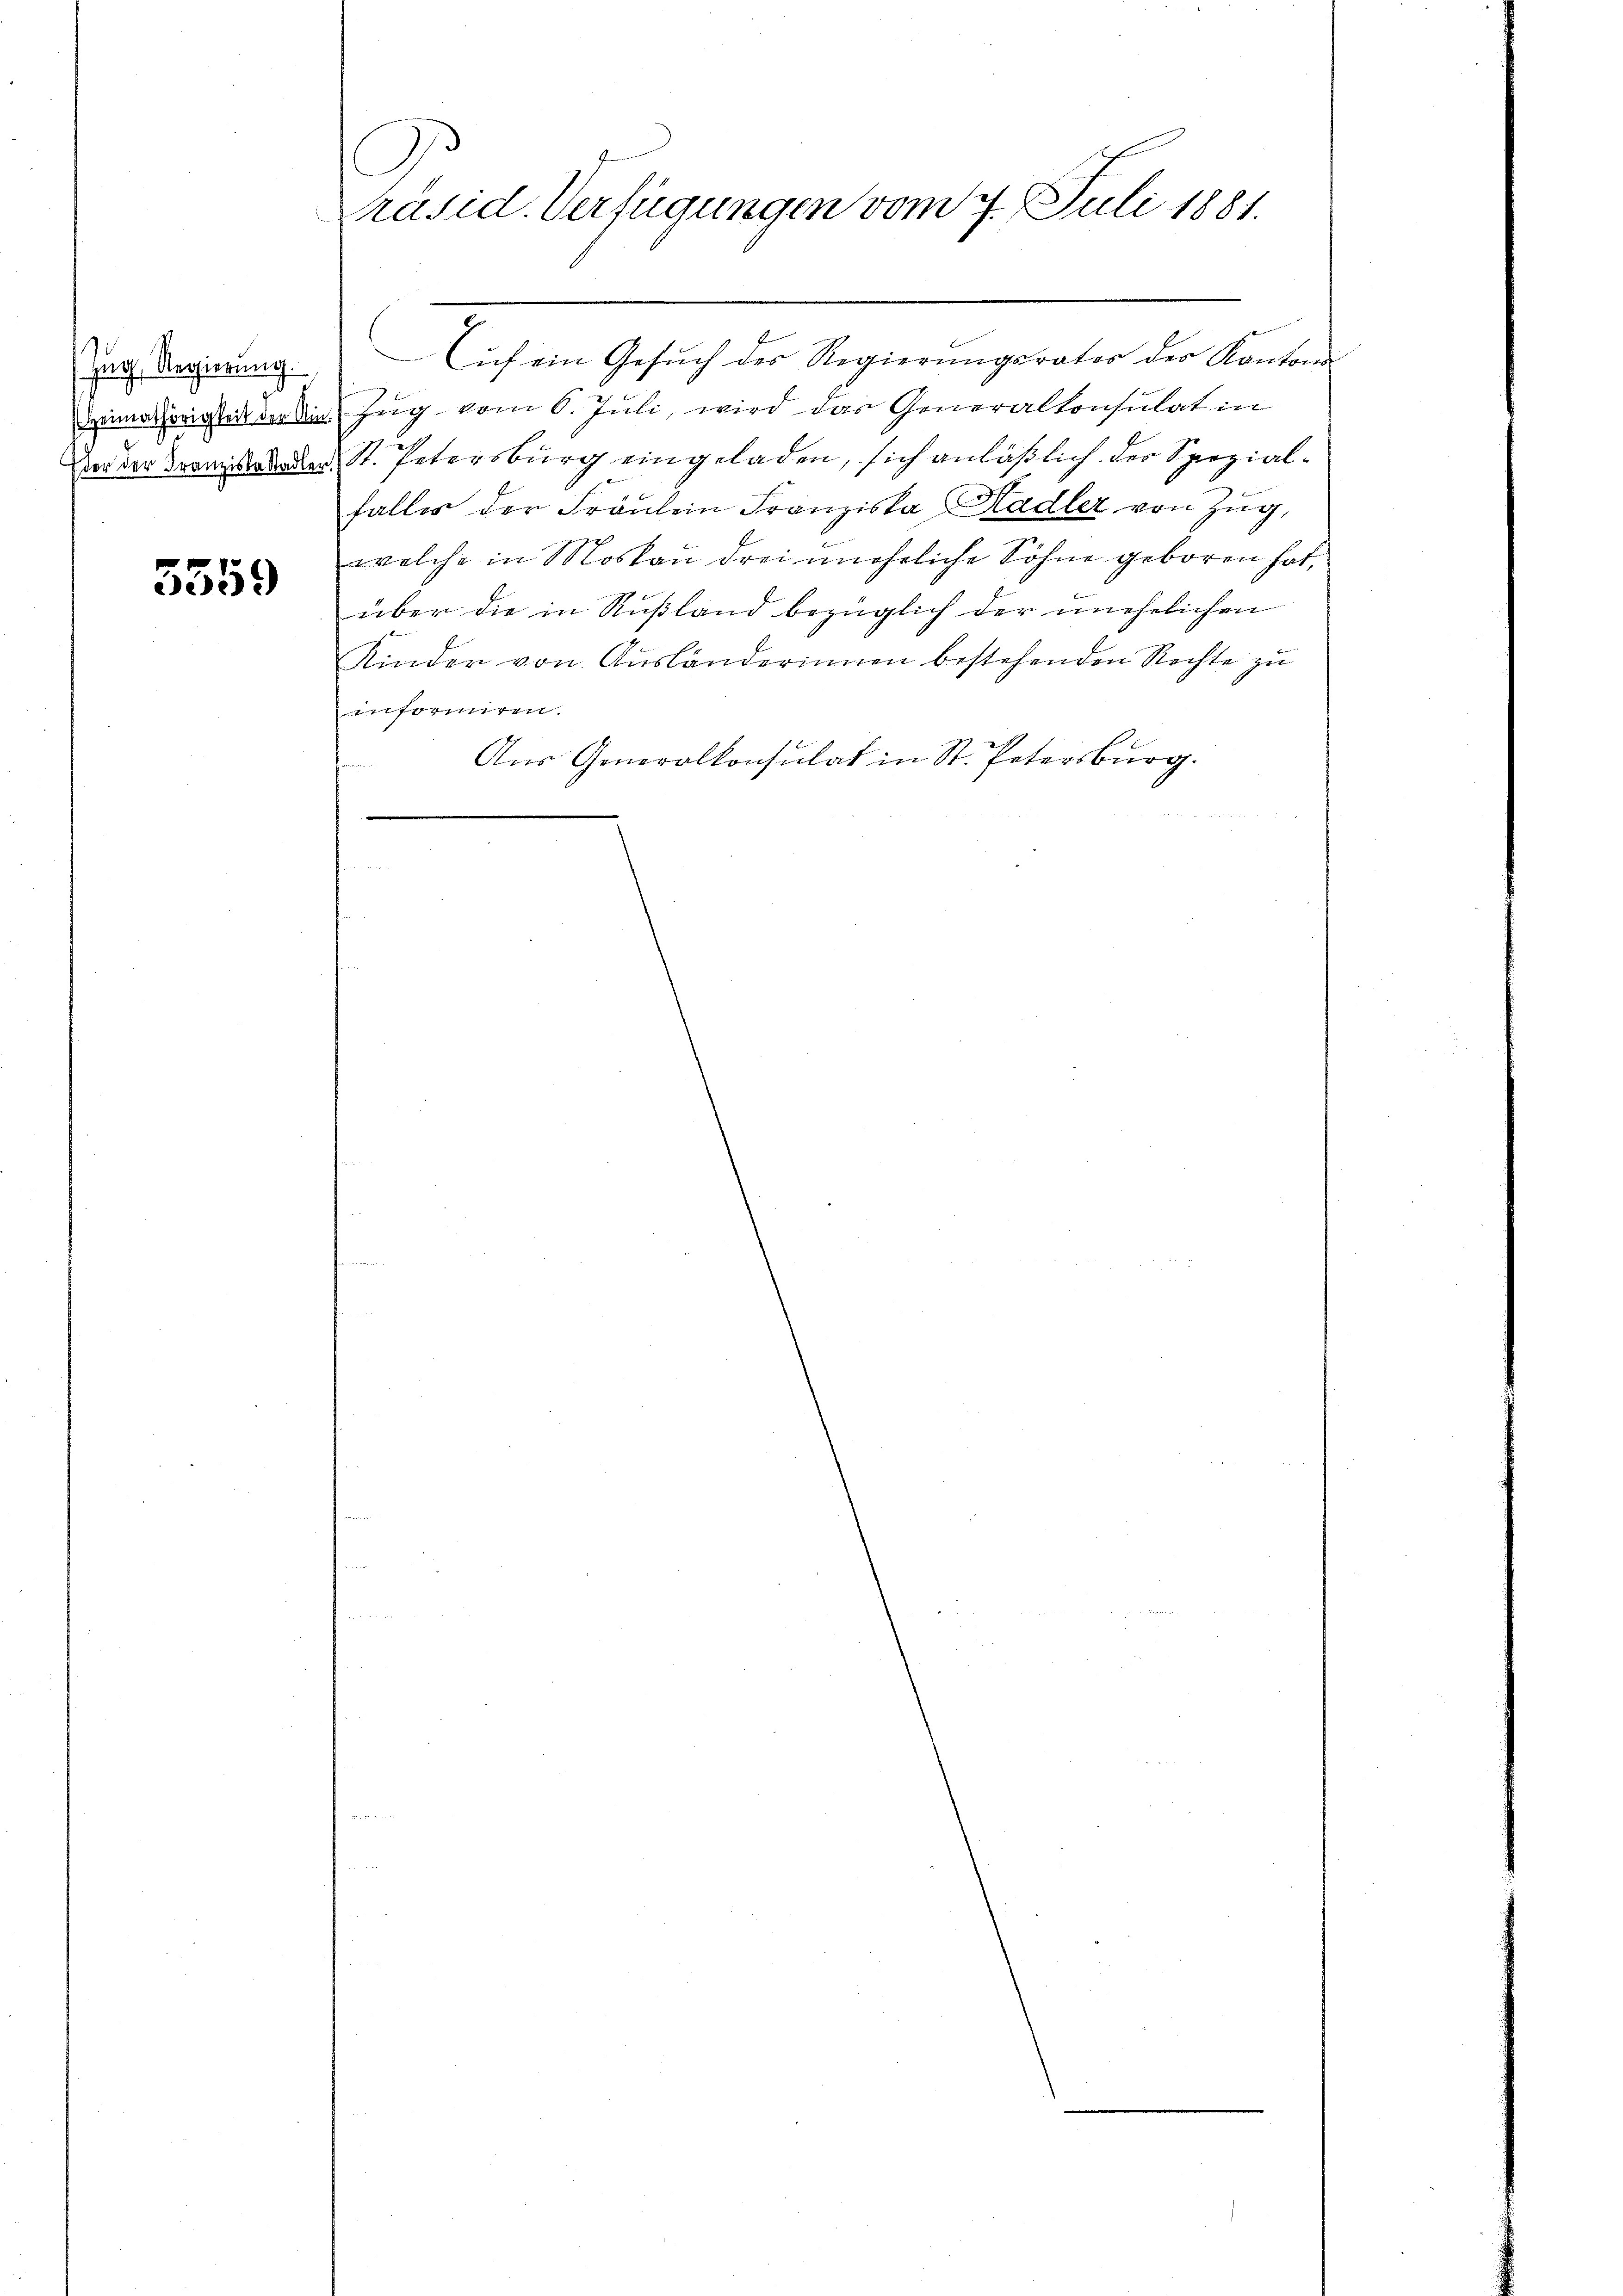
Zug, Regierung
.

5559

Präsid. Verfügungen vom 7. Juli 1881.

ich ein Gesŭch der Regierŭngsrates des Kantons
Heimathörigster der die Zeig vom 6. Juli, wird das Generaltonsulat in
vor der der St. Petersburg eingeladen, sich anläßlich der Spezialfalles der Fräulein Franziska Stadler von Zug,
welche in Moskau drei unehrliche Sohne geboren hat,
über die in Rußland bezüglich der unehelichen
Kinder von Aŭsländerinnen bestehenden Rechte zu
informiren.
Aus Generalkonsulat in St. Petersburg.
e